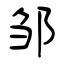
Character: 邹